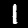
Label: 1